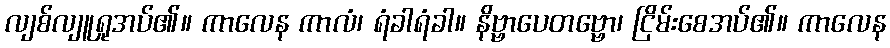
လျစ်လျူရှုအပ်၏။ ကာလေန ကာလံ၊ ရံခါရံခါ။ နိဗ္ဗာပေတဗ္ဗော၊ ငြိမ်းစေအပ်၏။ ကာလေန